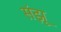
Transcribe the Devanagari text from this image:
संझू